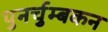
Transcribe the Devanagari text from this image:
पुनर्चुम्बकन